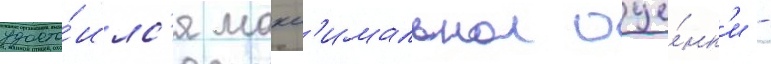
удосто́илс'я макс'имальнои оце́нк'и -